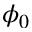
\phi _ { 0 }